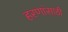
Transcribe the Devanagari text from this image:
हरणांसाठी